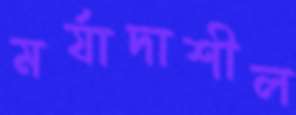
মর্যাদাশীল